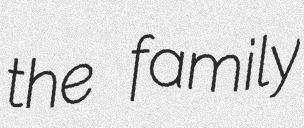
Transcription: the family